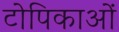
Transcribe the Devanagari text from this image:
टोपिकाओं